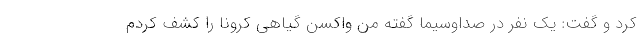
کرد و گفت: یک نفر در صداوسیما گفته من واکسن گیاهی کرونا را کشف کردم